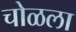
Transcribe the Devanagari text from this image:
चोळला